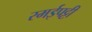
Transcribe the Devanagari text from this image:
रमईपट्टी